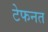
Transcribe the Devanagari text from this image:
टेफनत